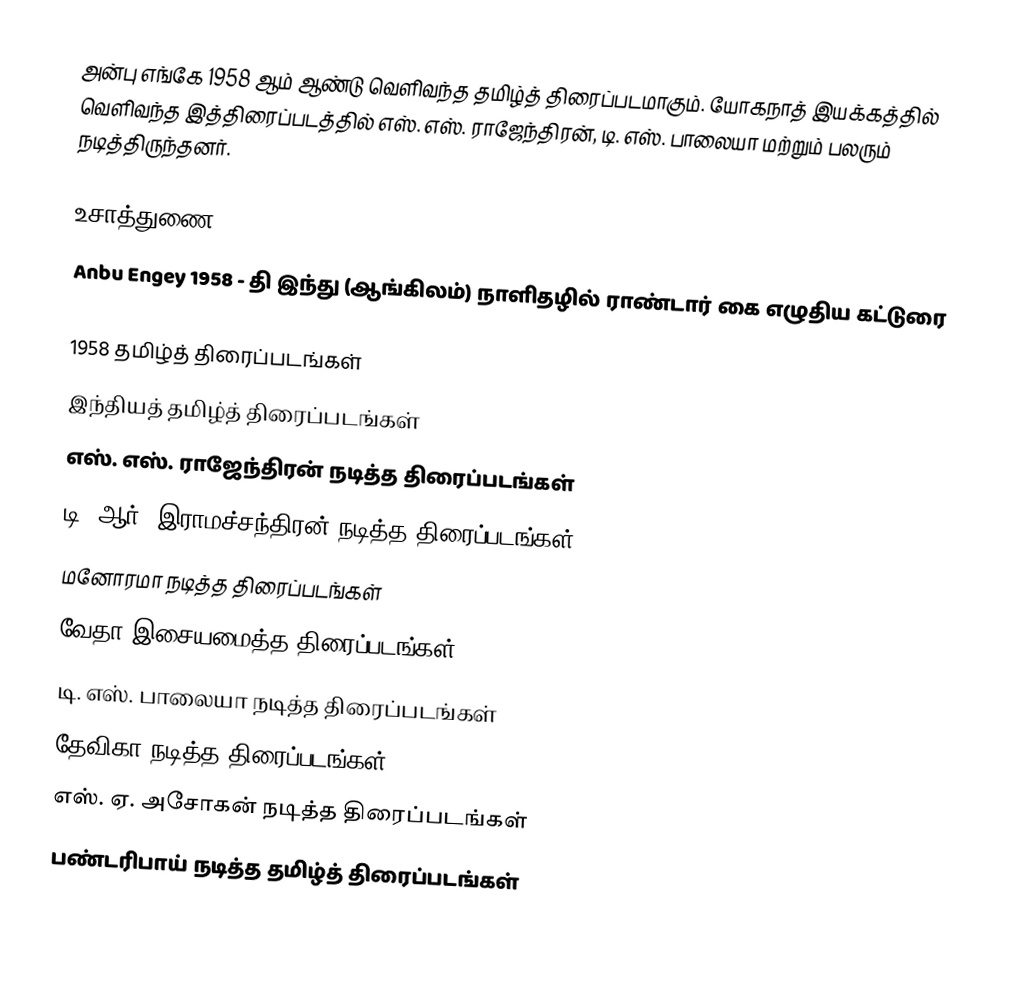
அன்பு எங்கே 1958 ஆம் ஆண்டு வெளிவந்த தமிழ்த் திரைப்படமாகும். யோகநாத் இயக்கத்தில் வெளிவந்த இத்திரைப்படத்தில் எஸ். எஸ். ராஜேந்திரன், டி. எஸ். பாலையா மற்றும் பலரும் நடித்திருந்தனர்.

உசாத்துணை
Anbu Engey 1958  - தி இந்து (ஆங்கிலம்) நாளிதழில் ராண்டார் கை எழுதிய கட்டுரை

1958 தமிழ்த் திரைப்படங்கள்
இந்தியத் தமிழ்த் திரைப்படங்கள்
எஸ். எஸ். ராஜேந்திரன் நடித்த திரைப்படங்கள்
டி. ஆர். இராமச்சந்திரன் நடித்த திரைப்படங்கள்
மனோரமா நடித்த திரைப்படங்கள்
வேதா இசையமைத்த திரைப்படங்கள்
டி. எஸ். பாலையா நடித்த திரைப்படங்கள்
தேவிகா நடித்த திரைப்படங்கள்
எஸ். ஏ. அசோகன் நடித்த திரைப்படங்கள்
பண்டரிபாய் நடித்த தமிழ்த் திரைப்படங்கள்